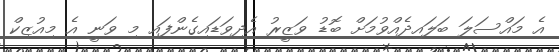
އެ މައްސަލަ ބަލައިދެއްވުމަށް ބޮޑު ވަޒީރު އެދިވަޑައިގެންފައި މި ވަނީ އެ މިއުޒިކް